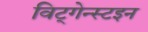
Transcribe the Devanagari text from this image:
विट्गेन्स्टइन